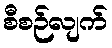
စီစဉ်လျက်